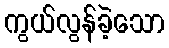
ကွယ်လွန်ခဲ့သော